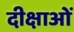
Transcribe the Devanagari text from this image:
दीक्षाओं